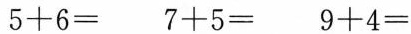
$$5 + 6 =$$ $$7 + 5 =$$ $$9 + 4 =$$